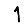
Digit: 1